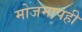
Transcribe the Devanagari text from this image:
मोजमापही